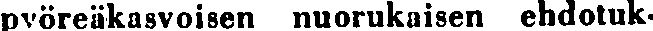
pyöreäkasvoisen nuorukaisen ehdotuk-